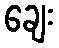
ချေး